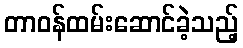
တာဝန်ထမ်းဆောင်ခဲ့သည့်